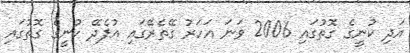
އަދި ކުނީގެ ގޮތުގައި 2006 ވަނަ އަހަރު ގޭތެރޭގައި އުފެދޭ ކުނީގެ ގޮތުގައި